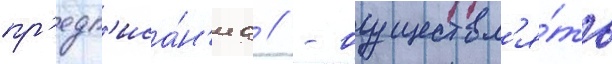
пр'едп'иса́н'иа // - осуществл'я́ть